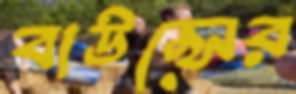
বাউন্সের